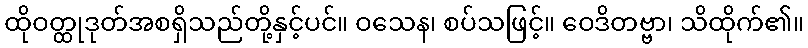
ထိုဝတ္ထုဒုတ်အစရှိသည်တို့နှင့်ပင်။ ဝသေန၊ စပ်သဖြင့်။ ဝေဒိတဗ္ဗာ၊ သိထိုက်၏။